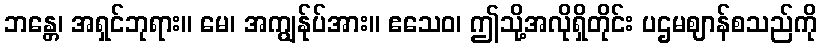
ဘန္တေ၊ အရှင်ဘုရား။ မေ၊ အကျွန်ုပ်အား။ ဧသေဝ၊ ဤသို့အလိုရှိတိုင်း ပဌမဈာန်စသည်ကို